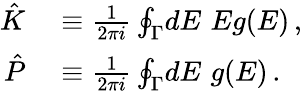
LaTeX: \begin{array}{rl}{\hat{K}}&{{}\equiv\frac{1}{2\pi i}\oint_{\Gamma}\! dE\, \, Eg(E)\, ,}\\ {\hat{P}}&{{}\equiv\frac{1}{2\pi i}\oint_{\Gamma}\! dE\, \, g(E)\, .}\end{array}